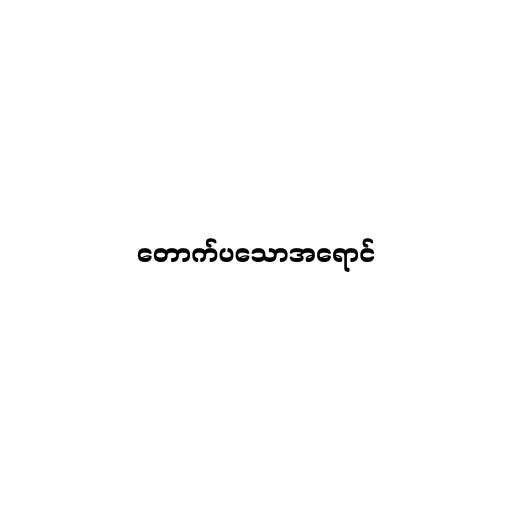
တောက်ပသောအရောင်